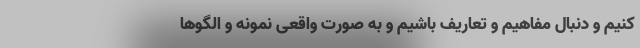
کنیم و دنبال مفاهیم و تعاریف باشیم و به صورت واقعی نمونه و الگوها